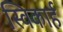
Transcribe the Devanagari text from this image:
स्विकार्ह